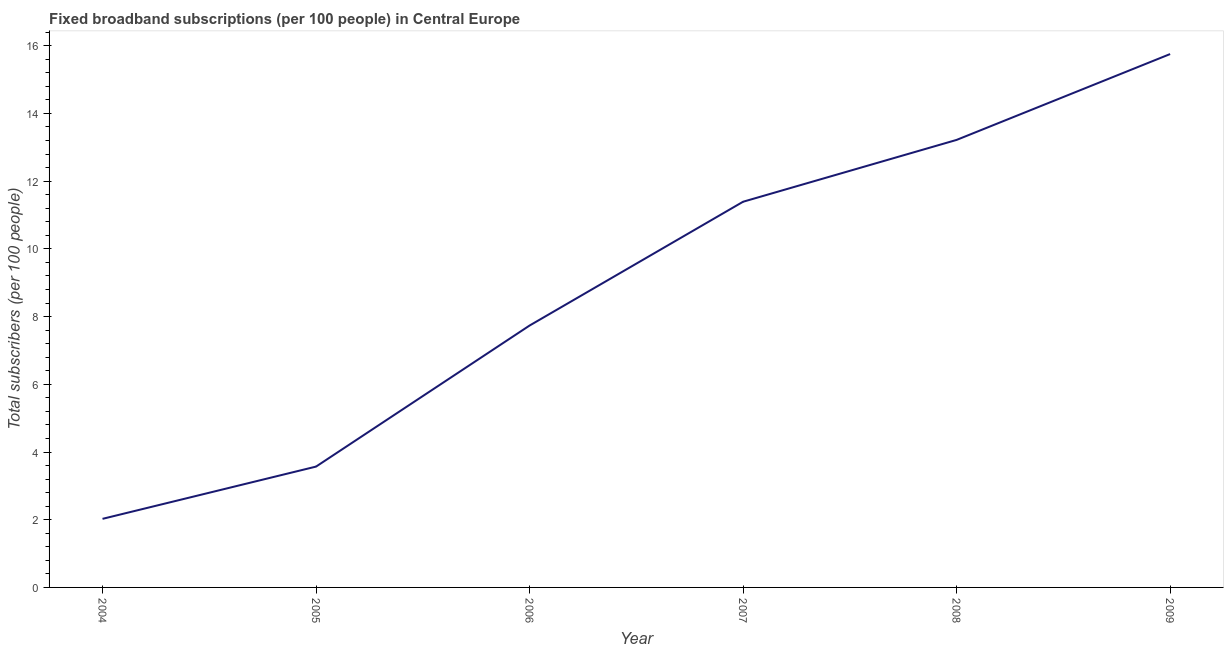
| Year | Fixed broadband subscriptions (per 100 people) |
 | --- | --- |
 | 2004 | 2.03 |
 | 2005 | 3.57 |
 | 2006 | 7.73 |
 | 2007 | 11.4 |
 | 2008 | 13.2 |
 | 2009 | 15.8 |